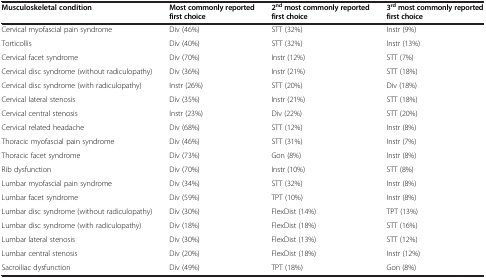
<table><thead><tr><td><b>Musculoskeletal condition</b></td><td><b>Most commonly reported first choice</b></td><td><b>2<sup>nd</sup>most commonly reported first choice</b></td><td><b>3<sup>rd</sup>most commonly reported first choice</b></td></tr></thead><tbody><tr><td>Cervical myofascial pain syndrome</td><td>Div (46%)</td><td>STT (32%)</td><td>Instr (9%)</td></tr><tr><td>Torticollis</td><td>Div (40%)</td><td>STT (32%)</td><td>Instr (13%)</td></tr><tr><td>Cervical facet syndrome</td><td>Div (70%)</td><td>Instr (12%)</td><td>STT (7%)</td></tr><tr><td>Cervical disc syndrome (without radiculopathy)</td><td>Div (36%)</td><td>Instr (21%)</td><td>STT (18%)</td></tr><tr><td>Cervical disc syndrome (with radiculopathy)</td><td>Instr (26%)</td><td>STT (20%)</td><td>Div (18%)</td></tr><tr><td>Cervical lateral stenosis</td><td>Div (35%)</td><td>Instr (21%)</td><td>STT (18%)</td></tr><tr><td>Cervical central stenosis</td><td>Instr (23%)</td><td>Div (22%)</td><td>STT (20%)</td></tr><tr><td>Cervical related headache</td><td>Div (68%)</td><td>STT (12%)</td><td>Instr (8%)</td></tr><tr><td>Thoracic myofascial pain syndrome</td><td>Div (46%)</td><td>STT (31%)</td><td>Instr (7%)</td></tr><tr><td>Thoracic facet syndrome</td><td>Div (73%)</td><td>Gon (8%)</td><td>Instr (8%)</td></tr><tr><td>Rib dysfunction</td><td>Div (70%)</td><td>Instr (10%)</td><td>STT (8%)</td></tr><tr><td>Lumbar myofascial pain syndrome</td><td>Div (34%)</td><td>STT (32%)</td><td>Instr (8%)</td></tr><tr><td>Lumbar facet syndrome</td><td>Div (59%)</td><td>TPT (10%)</td><td>Instr (8%)</td></tr><tr><td>Lumbar disc syndrome (without radiculopathy)</td><td>Div (30%)</td><td>FlexDist (14%)</td><td>TPT (13%)</td></tr><tr><td>Lumbar disc syndrome (with radiculopathy)</td><td>Div (18%)</td><td>FlexDist (18%)</td><td>STT (16%)</td></tr><tr><td>Lumbar lateral stenosis</td><td>Div (30%)</td><td>FlexDist (13%)</td><td>STT (12%)</td></tr><tr><td>Lumbar central stenosis</td><td>Div (20%)</td><td>FlexDist (18%)</td><td>Instr (12%)</td></tr><tr><td>Sacroiliac dysfunction</td><td>Div (49%)</td><td>TPT (18%)</td><td>Gon (8%)</td></tr></tbody></table>